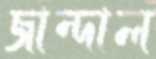
জান্দাল